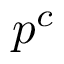
\boldsymbol { p } ^ { c }